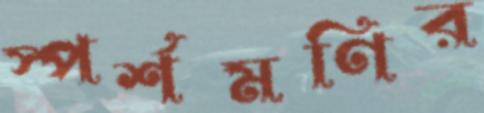
স্পর্শমণির